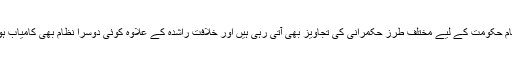
پاکستان میں نظام حکومت کے لیے مختلف طرز حکمرانی کی تجاویز بھی آتی رہی ہیں اور خلافت راشدہ کے علاوہ کوئی دوسرا نظام بھی کامیاب ہوتا نظر نہیں آتا۔